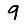
Digit: 9